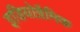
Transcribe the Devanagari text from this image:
इडियोग्रैमिक